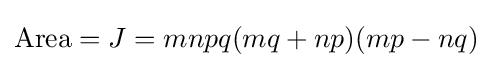
{\text{Area}}=J=mnpq(mq+np)(mp-nq)